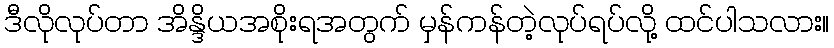
ဒီလိုလုပ်တာ အိန္ဒိယအစိုးရအတွက် မှန်ကန်တဲ့လုပ်ရပ်လို့ ထင်ပါသလား။